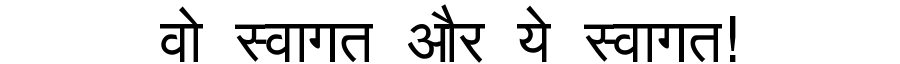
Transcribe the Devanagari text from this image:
वो स्वागत और ये स्वागत!